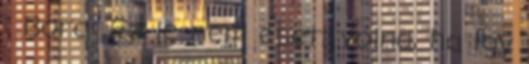
: Bora: Ez le nem esett volna, ha így